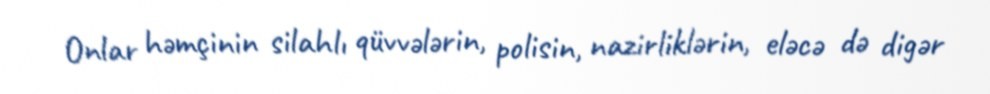
Onlar həmçinin silahlı qüvvələrin, polisin, nazirliklərin, eləcə də digər